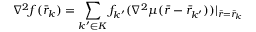
\nabla ^ { 2 } f ( { \bar { r } } _ { k } ) = \sum _ { k ^ { \prime } \in K } f _ { k ^ { \prime } } ( \nabla ^ { 2 } \mu ( { \bar { r } } - { \bar { r } } _ { k ^ { \prime } } ) ) | _ { { \bar { r } } = { \bar { r } } _ { k } }